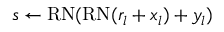
s \gets \mathrm { R N } ( \mathrm { R N } ( r _ { l } + x _ { l } ) + y _ { l } )